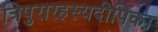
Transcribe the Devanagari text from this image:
त्रिपुरारहस्यदीपिका